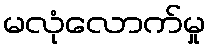
မလုံလောက်မှု